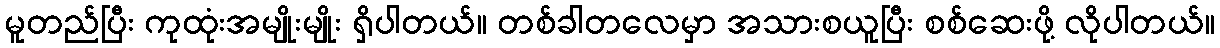
မူတည်ပြီး ကုထုံးအမျိုးမျိုး ရှိပါတယ်။ တစ်ခါတလေမှာ အသားစယူပြီး စစ်ဆေးဖို့ လိုပါတယ်။